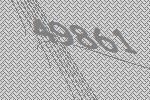
49861